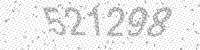
Solution: 521298